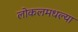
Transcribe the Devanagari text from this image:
लोकलमधल्या